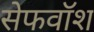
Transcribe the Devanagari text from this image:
सेफवॉश